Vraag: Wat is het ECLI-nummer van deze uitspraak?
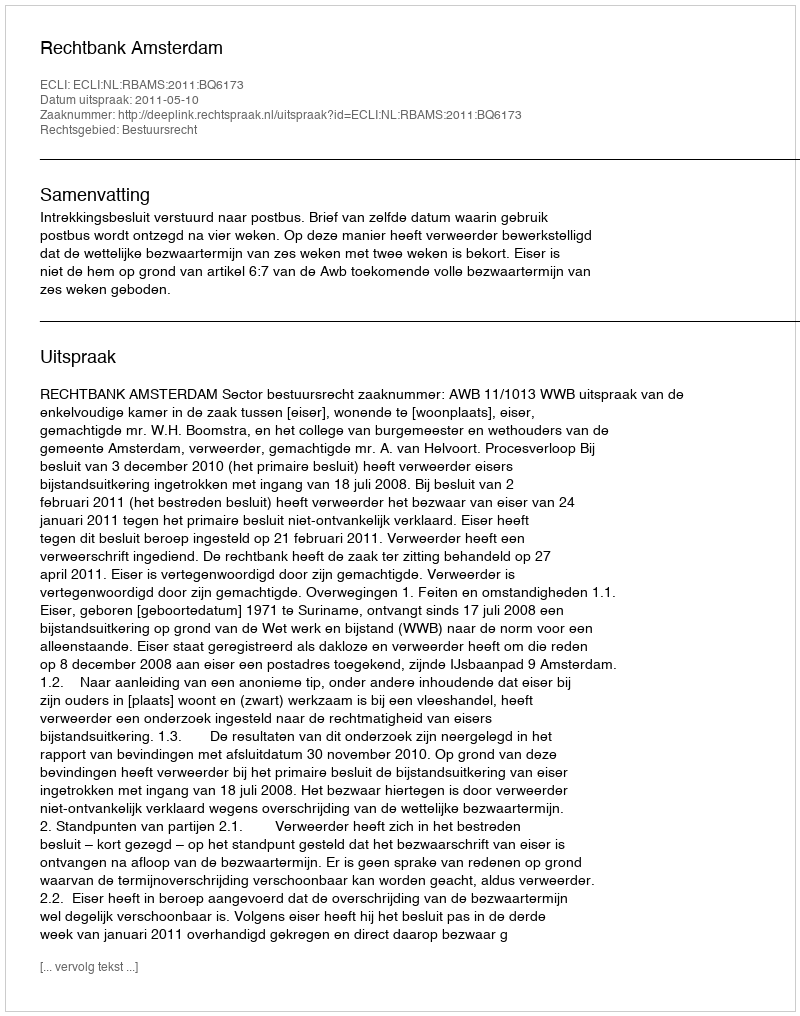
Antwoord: ECLI:NL:RBAMS:2011:BQ6173